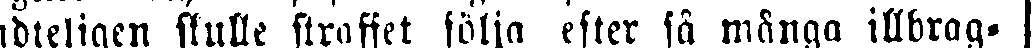
idteligen skulle stroffet följa efter så många illbrag-